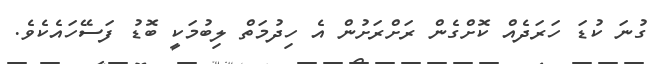
ގުނަ ކުޑަ ހަރަދެއް ކޮށްގެން ރަށްރަށުން އެ ހިދުމަތް ލިބުމަކީ ބޮޑު ފަސޭހައެކެވެ.